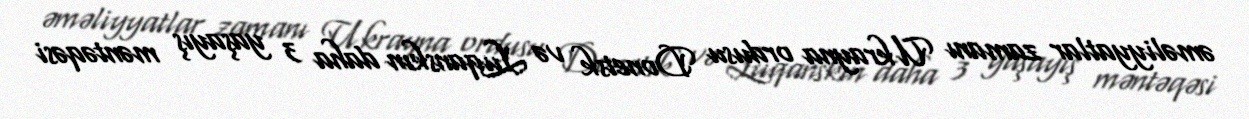
əməliyyatlar zamanı Ukrayna ordusu Donetsk və Luqanskın daha 3 yaşayış məntəqəsi